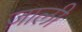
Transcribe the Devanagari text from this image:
ज़ाली